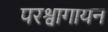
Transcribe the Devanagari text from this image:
परश्वागायन